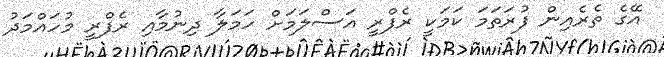
އޭގެ ތެރެއިން ފުރަތަމަ ކަމަކީ ރެފްރީ އަސްލަމަށް ހަމަލާ ދިނުމާއި ރެފްރީ މުހައްމަދު